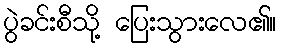
ပွဲခင်းစီသို့ ပြေးသွားလေ၏။